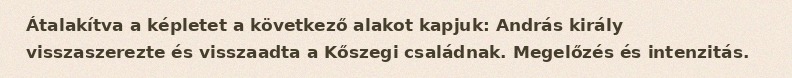
Átalakítva a képletet a következő alakot kapjuk: András király visszaszerezte és visszaadta a Kőszegi családnak. Megelőzés és intenzitás.